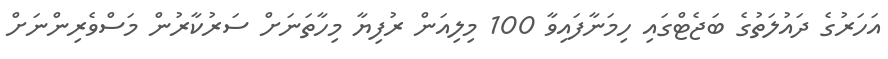
އަހަރުގެ ދައުލަތުގެ ބަޖެޓްގައި ހިމަނާފައިވާ 100 މިލިއަން ރުފިޔާ މިހާތަނަށް ސަރުކާރުން މަސްވެރިންނަށް